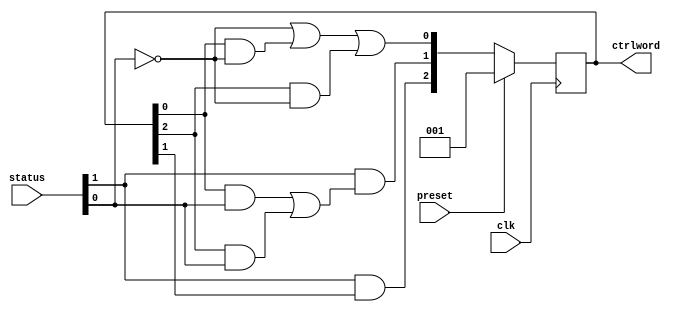
`ifndef GAUSS_CONTROL_UNIT
`define GAUSS_CONTROL_UNIT

module GaussControlUnit(
  status,   //Signal indicating the job is done
  ctrlword, //Signals managing the Gauss datapath
  preset,   //Set the FSM in the init state
  clk       //Clock signal
);

  input wire preset, clk;
  input wire[1:0] status; //ready, status
  output wire[2:0] ctrlword;

  wire[2:0] nextstate;
  reg[2:0] state;

  //Nextstate logic
  assign nextstate[0] = ~status[0] | state[0]&(~status[0]) | state[2]&~status[0];
  assign nextstate[1] = status[1] & (state[0]&status[0] | state[2]&status[0]);
  assign nextstate[2] = status[1] & state[1];

  //Memory
  always @(posedge clk) begin
    if (preset)
      state <= 3'b001;
    else
      state <= nextstate;
  end

  //Output logic
  assign ctrlword = state;

endmodule // GaussControlUnit

`endif